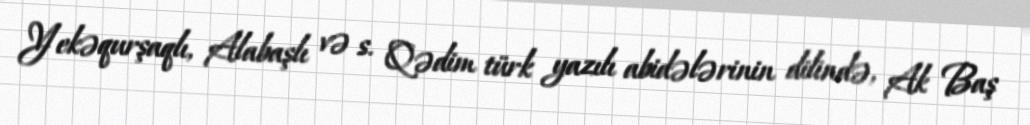
Yekəqurşaqlı, Alabaşlı və s. Qədim türk yazılı abidələrinin dilində, Ak Baş